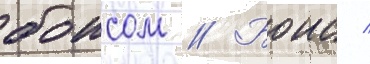
боисом // Боис /